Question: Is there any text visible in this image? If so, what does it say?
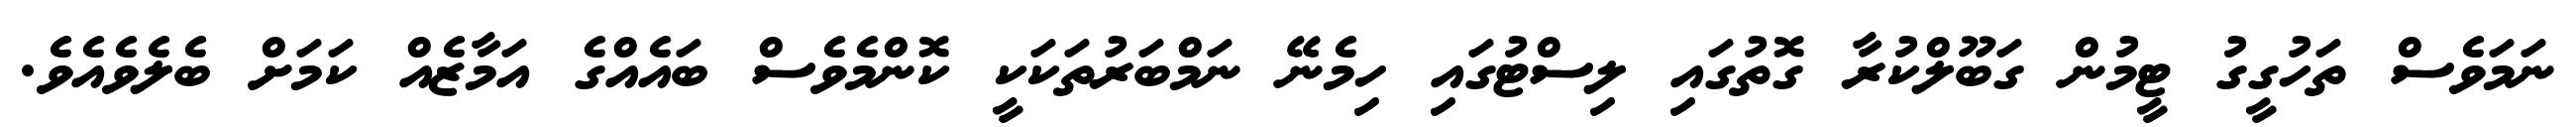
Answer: ނަމަވެސް ތަހުގީގު ޓީމުން ގަބޫލްކުރާ ގޮތުގައި ލިސްޓުގައި ހިމެނޭ ނަމްބަރުތަކަކީ ކޮންމެވެސް ބައެއްގެ އަމާޒެއް ކަމަށް ބެލެވެއެވެ.